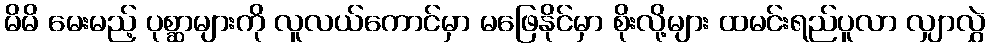
မိမိ မေးမည့် ပုစ္ဆာများကို လူလယ်ကောင်မှာ မဖြေနိုင်မှာ စိုးလို့များ ထမင်းရည်ပူလာ လျှာလွှဲ